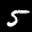
Label: 5